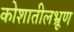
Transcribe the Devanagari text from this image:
कोशातीलभ्रूण